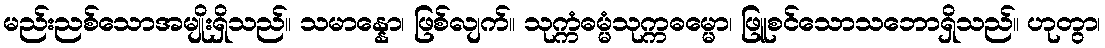
မည်းညစ်သောအမျိုးရှိသည်။ သမာန္နော၊ ဖြစ်လျက်။ သုက္ကံဓမ္မံသုက္ကဓမ္မော၊ ဖြူစင်သောသဘောရှိသည်။ ဟုတွာ၊